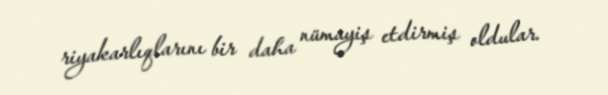
riyakarlıqlarını bir daha nümayiş etdirmiş oldular.